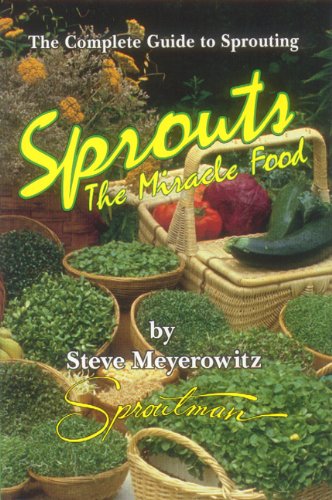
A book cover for Sprouts: The Miracle Food: The Complete Guide to Sprouting; Steve Meyerowitz; Cookbooks, Food & Wine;